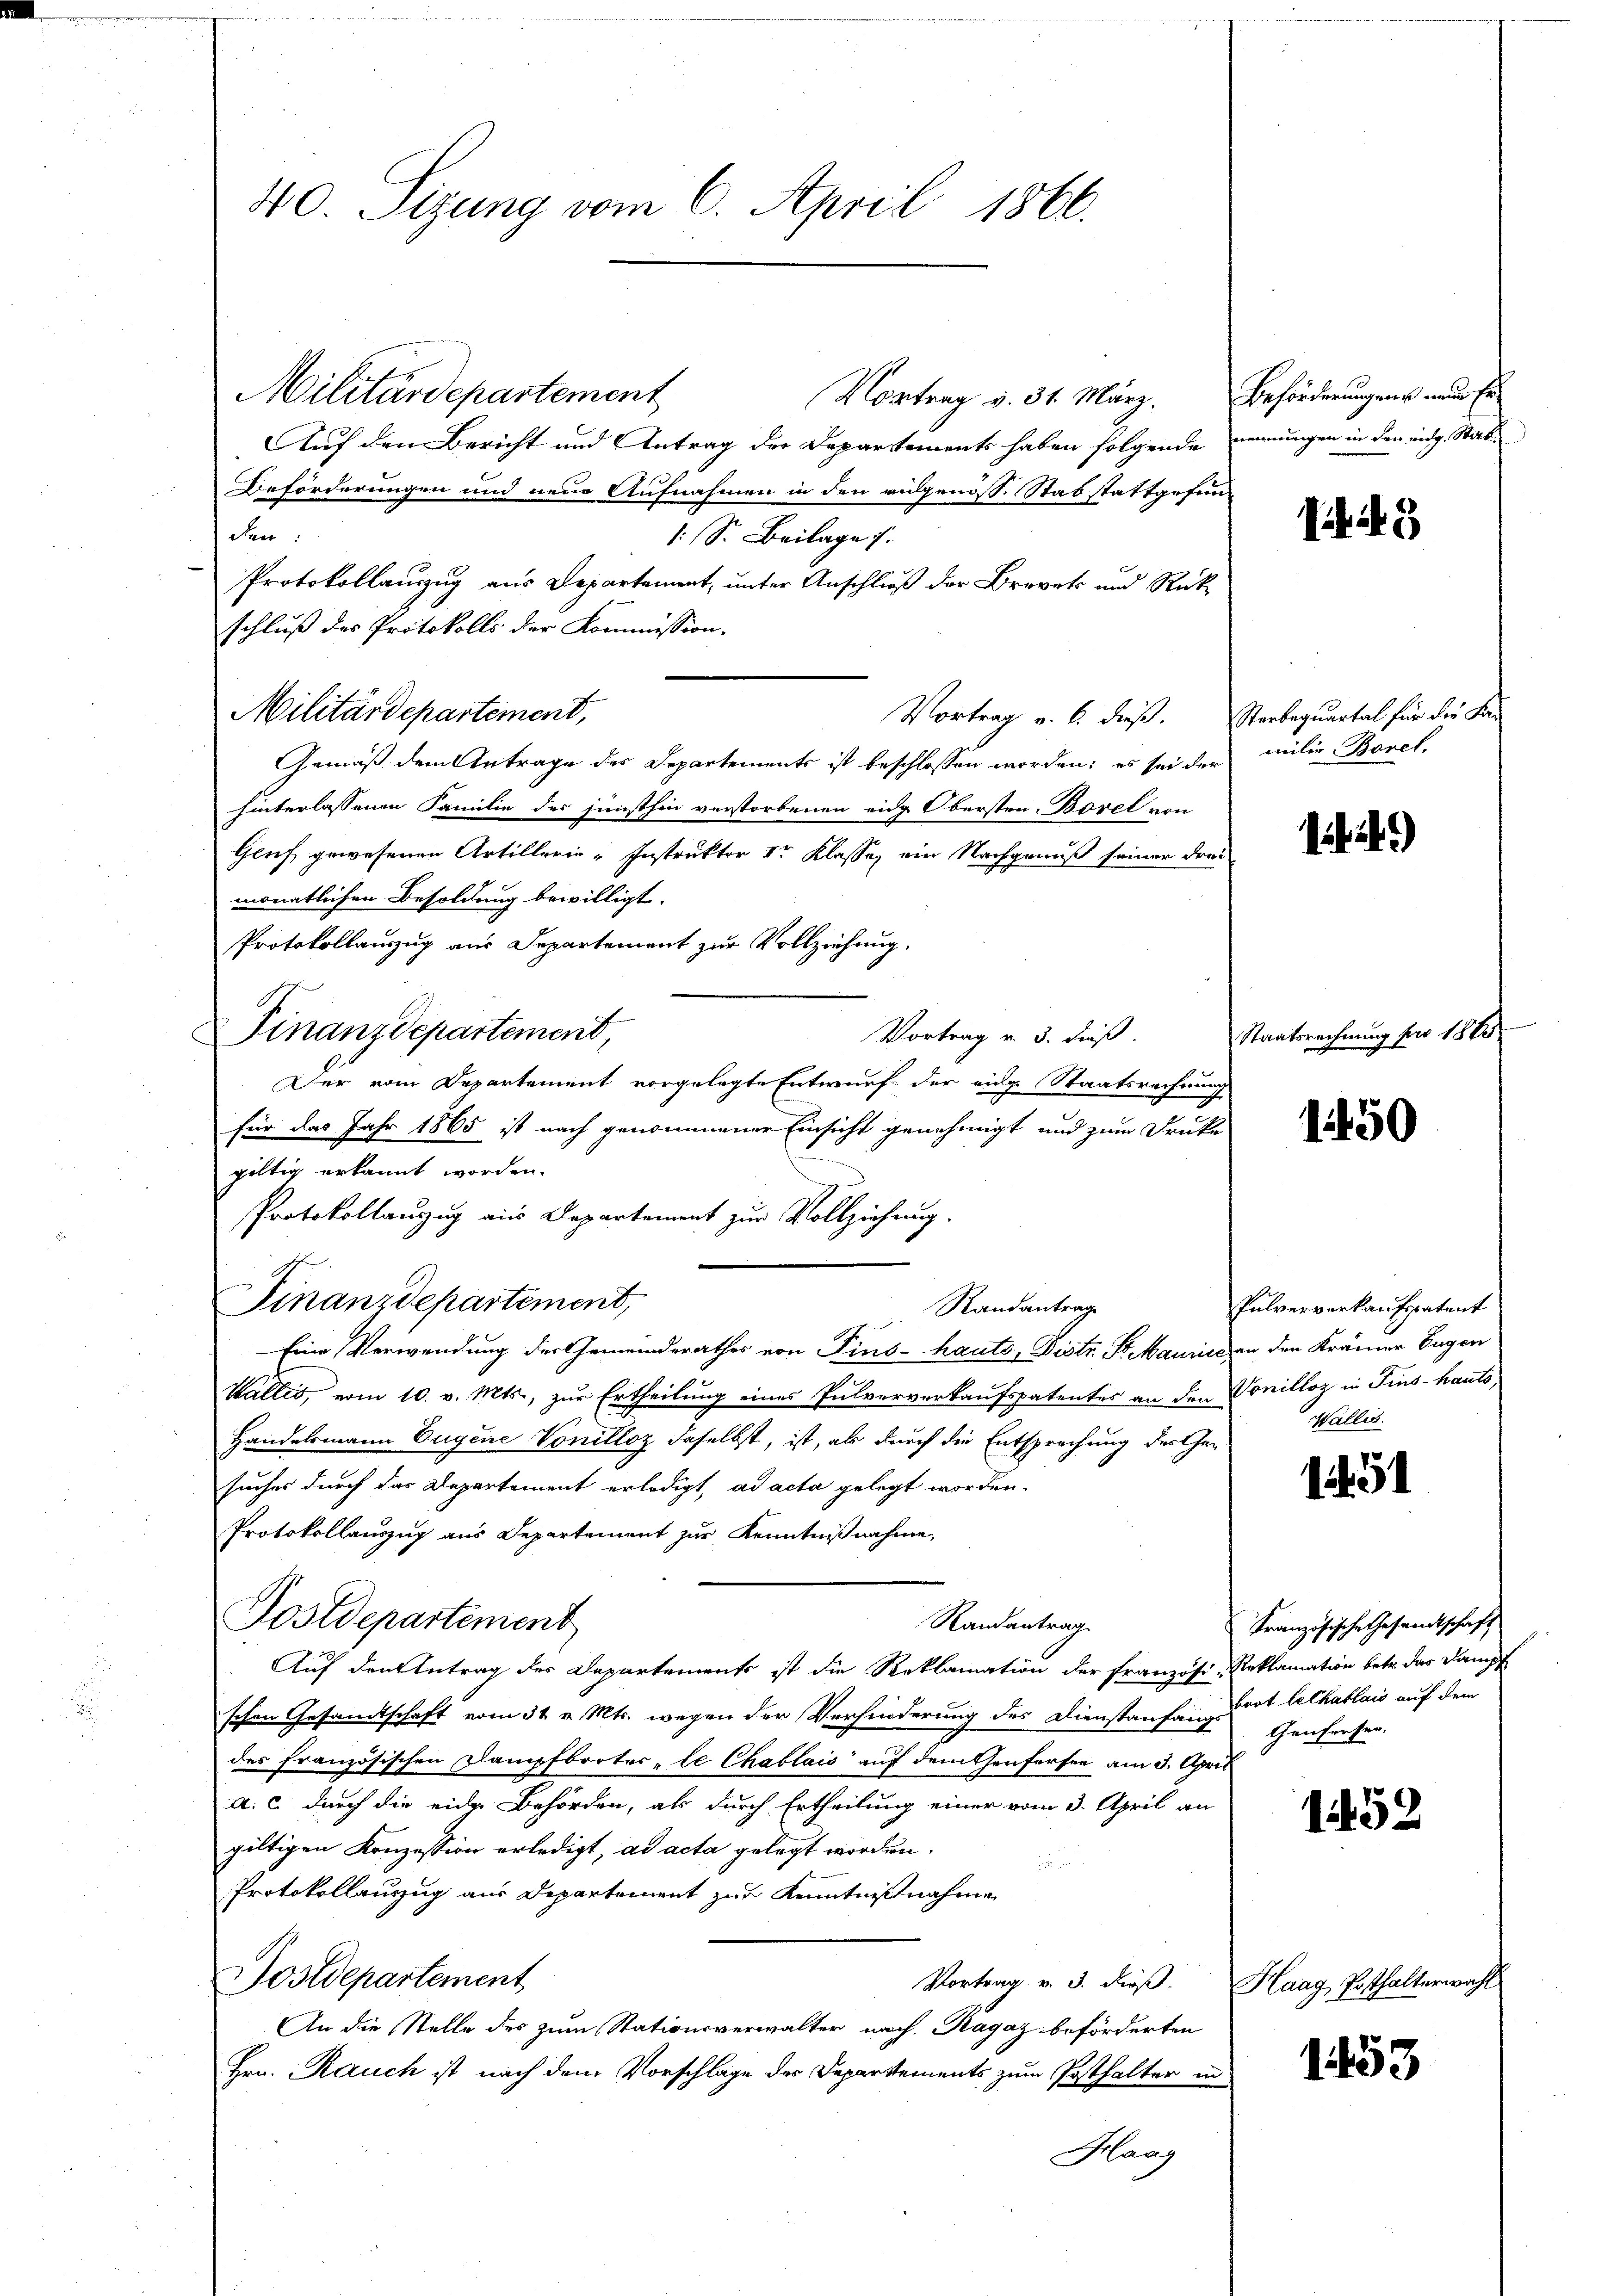
40. Sizung vom 6. April 1866.

Militärdepartement
Vortrag v. 31. März. Beförderungens nur Er¬
Auf den Bericht und Antrag der Departements haben folgende nennungen in den eidg. Stab-
Beförderungen und neue Aufnahmen in den ausgenöss. Stabstattgefun
den:
: S. Beilage.
Protokollauszug aus Departement, unter Anschluß der Brevet und Rück¬
Vortrag v. 6. dieß. Sterbequartal für die Fa-
Gemäß dem Antrage des Departements ist beschlossen worden; es sei der
hinterlassenen Familie des junsthin verstorbenen eidg Obersten-Borel von
Glif gewesenen Artillerie-Instruktor Ir Klasse ein Nachgenuß seiner drei
monatlichen Besoldung bewilligt.
Protokollauszug aus Departement zur Vollziehung.
Finanzdepartement,
Vortrag v. 3. dieß
Der vom Departement vorgelegte Entwurf der einge Staatsrechnung
für das Jahr 1865 ist nach genommener Einsicht genehmigt und zum Druke
gültig erkannt worden.
Protokollauzug aus Departement zur Vollziehung.
Finanzdepartement,
Randantrage
Eine Verwendung der Gemeinderathes von Pins- hauto, Distr. St. Maurice an den Krämer Eugen
Wallis, vom 10. v. Mts., zur Ertheilung eines Pulververkaufspatentes an den Sonilloz in Fins-hauto
Handelsmann Eugene Vonillez daselbst, ist, als durch die Entsprechung des Gesuches durch das Departement erledigt, ad acta gelegt worden.
Protokollauszug aus Departement zur Kenntnißnahme,
Postdepartement
Randantrag
Auf den Antrag des Departements ist die Reklamation der französi-Reklamation betr. das Dampf
schen Gesandtschaft vom 31 v. Mts. wegen der Verhinderung des Dienstanfang
des französischen Dampfborter, le Chablais auf dem Genferten am 3. April
a. c. durch die eidge Behörden, als durch Ertheilung einer vom 3. April an
giltigen Konzession erledigt, ad acta gelegt worden.
Protokollanzug aus Departement zur Kenntnißnahme
Sostdepartement
Vortrag v. 3. dieβ. Haag Posthalterwahl
An die Stelle des zum Stationsverwalter nach, Ragaz beförderten
Hrn. Rauch ist nach dem Vorschlage der Departements zum Posthalter in
Haas

schluß des Protokolls der Kommission.

Militärdepartement,

J.5

miler Borel.

if. 2)

Staatsrechnung pro 18 x

1450

Pulververkaufspatent
Wallis.

1451

Französische Gesandtschaft
boot leckablais auf dem
Genfersen.

1452

1453